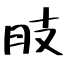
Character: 肢